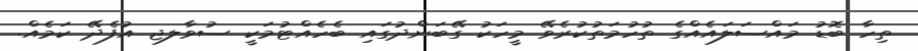
ތިހާ ބޮޑު މައްސަލައެއްގެ ތުހުމަތުކުރެވޭ މީހަކު ގޭބަންދުގައި ބެހެއްޓުމަކީ ސުވާލޖ އުފެދޭ ކަމެއް.